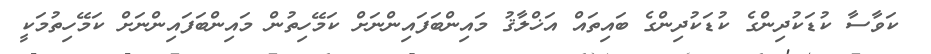
ކަވާސާ ކުޑަކުދިންގެ ކުޑަކުދިންގެ ބައިތައް އަޚްލާޤު މައިންބަފައިންނަށް ކަމޭހިތުން މައިންބަފައިންނަށް ކަމޭހިތުމަކީ